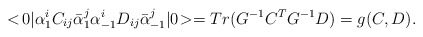
\begin{align*}<\! 0| \alpha_1^i C_{ij} \bar{\alpha}_1^j \alpha_{-1}^i D_{ij}\bar{\alpha}_{-1}^j |0\!> = Tr(G^{-1} C^T G^{-1} D) = g(C,D).\end{align*}